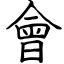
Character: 會